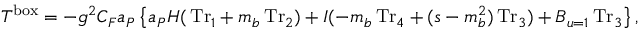
T ^ { \mathrm { b o x } } = - g ^ { 2 } C _ { F } a _ { \cal P } \left\{ a _ { \cal P } H ( \, \mathrm { T r } _ { 1 } + m _ { b } \, \mathrm { T r } _ { 2 } ) + I ( - m _ { b } \, \mathrm { T r } _ { 4 } + ( s - m _ { b } ^ { 2 } ) \, \mathrm { T r } _ { 3 } ) + { B } _ { u = 1 } \, \mathrm { T r } _ { 3 } \right\} ,